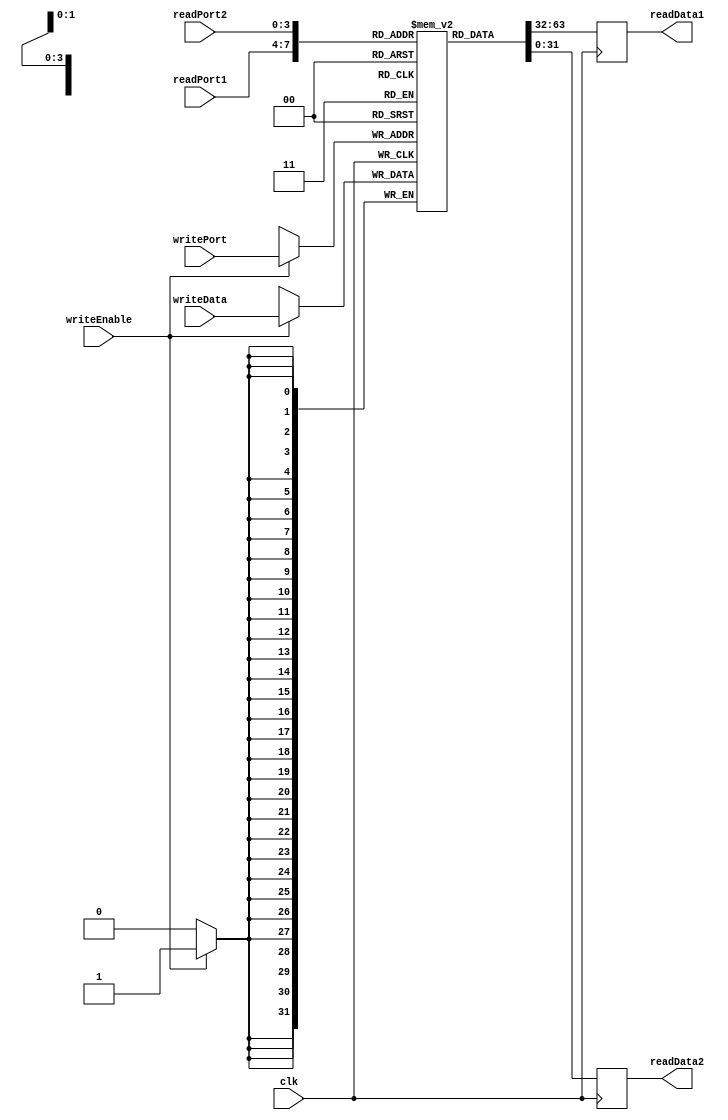
module register_file(
    input wire clk, // clock signal
    input wire [3:0] readPort1, // address for read port 1
    input wire [3:0] readPort2, // address for read port 2
    input wire [3:0] writePort, // address for write port
    input wire writeEnable, // write enable signal
    input wire [31:0] writeData, // data to write
    output reg [31:0] readData1, // data read from read port 1
    output reg [31:0] readData2 // data read from read port 2
);

reg [31:0] memory [15:0]; // array of 16 memory blocks, each storing 32-bit data

always @(posedge clk) begin
    if (writeEnable) begin
        memory[writePort] <= writeData;
    end
    readData1 <= memory[readPort1];
    readData2 <= memory[readPort2];
end

endmodule